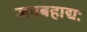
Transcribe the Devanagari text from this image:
जनबहाद्यः